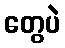
တွေပဲ